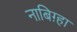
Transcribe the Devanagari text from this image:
नाबिग़्हा